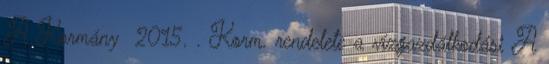
A Kormány 2015. . Korm. rendelete a vízgazdálkodási A